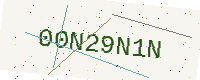
Text: 00N29N1N